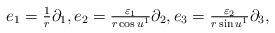
LaTeX: \begin{align*}\begin{array}{l}{e_1}=\frac{1}{r}\partial_1, {e_2}=\frac{\varepsilon_1}{r\cos u^1}\partial_2, {e_3}=\frac{\varepsilon_2}{r\sin u^1}\partial_3,\end{array}\end{align*}